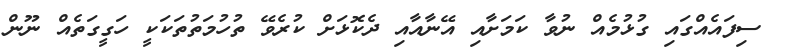
ސިފައެއްގައި ގުޅުމެއް ނުވާ ކަމަށާއި އޭނާއާއި ދެކޮޅަށް ކުރެވޭ ތުހުމަތުތަކަކީ ހަގީގަތެއް ނޫން